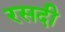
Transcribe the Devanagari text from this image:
रसदी